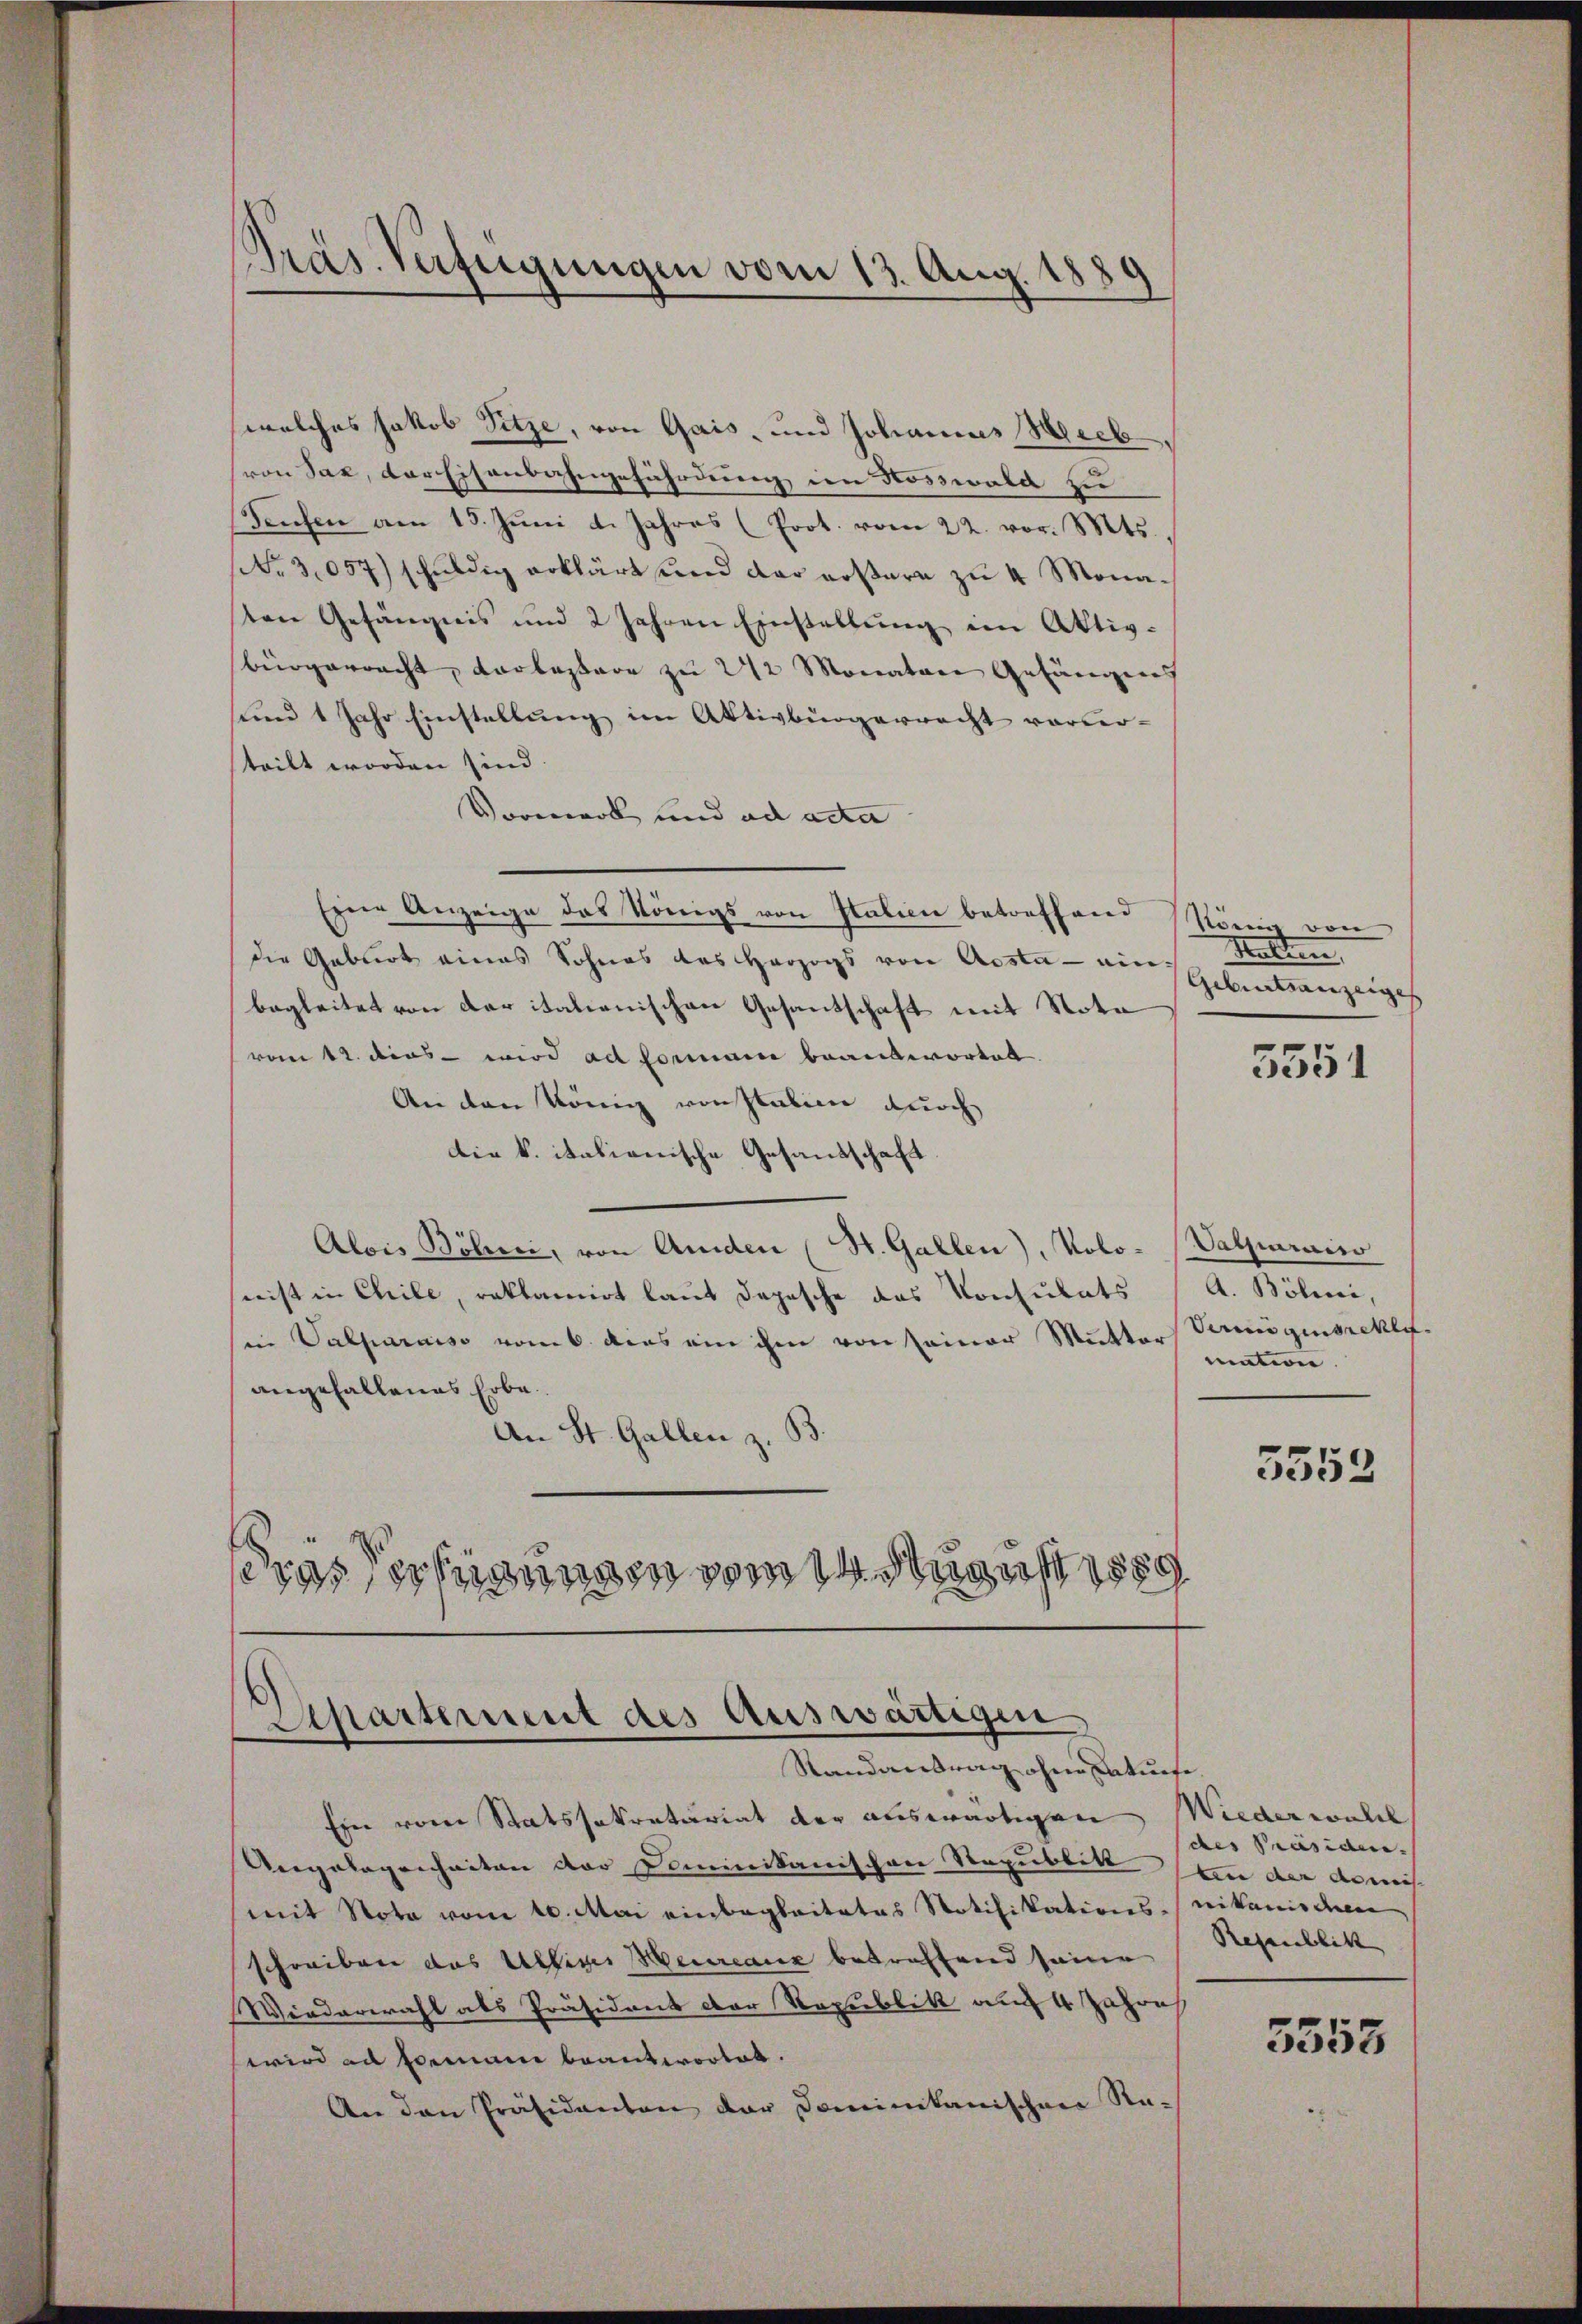
Präs. Verfügungen vom 13. Aug. 1885.

welches Jakob Sitze, von Gais, und Johannes Weeb
von Sax, der Eisenbahngefährdung im Nosswald zu
Teuchen am 15. Juni d. Jahres (Prot. vom 22. vor. Mts.
(Nr. 3057) schuldig erklärt und der außern zu 4 Monaten Gefängnis und 2 Jahren Einstellŭng im Aktiv-
bürgerracht, vorlassere zu 272 Monatare Gefängens
und 1 Jahr Einstellung im Aktivbürgerrecht vorher-
teilt worden sind.
Vormerol und ad acta
Eine Anzeige das Königs von Italien betreffend
die Geburt eines Sohnes des Herzogs von Aosta - einbegleitet von der italienischen Gesantschaft mit Nota
vom 12. dies wird ad Formann beantwortet.
An den König von Italien durch
die k. italienische Gesandschaft
Alois Böheci, von Amden (St. Gallen), Kolo- (Palparais
eist in Chile, reklamirt laut dopesche das Konsulats
sein Salparaiso vom 6. dies ein ihm von seiner Mutter Vermögensreklaangefallenes Erbe
An St. Gallen z. B.
eras Verfügungen vom 14. August 1889

Ghartement des Auswärtigen
Randantrag ohne Beaturte

Ein vom Statssekretariat der auswärtigen Wiederwahl
Angelegenheiten der Dominikanischen Republik an der demis
mit Nota vom 10. Mai einbegleitetes Notifikations-nikanischen
schreiben das Ultiges Meureaux betreffend seine
Wiederwahl als Präsident der Republik auch 4 Jahres
wird an Ermane beantwortet.
An den Präsidenten der Dominikanischen Ra-

König von
Malten
Geburtsanzeiges

5551

A. Bölini,
mation.

5552

des Präsiden.
Regenblickt

5553